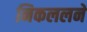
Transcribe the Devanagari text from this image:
निकललने